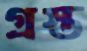
গ্রস্ত